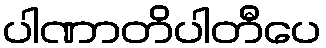
ပါဏာတိပါတီပေ